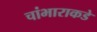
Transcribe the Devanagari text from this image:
चांभाराकडे